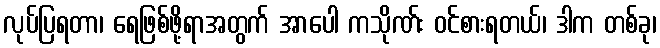
လုပ်ပြရတာ၊ ရေဖြစ်ဖို့ရာအတွက် အာပေါ ကသိုဏ်း ဝင်စားရတယ်၊ ဒါက တစ်ခု၊